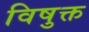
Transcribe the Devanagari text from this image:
विषुक्त